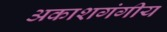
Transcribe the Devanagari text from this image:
अकाशगंगीय